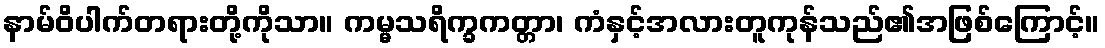
နာမ်ဝိပါက်တရားတို့ကိုသာ။ ကမ္မသရိက္ခကတ္တာ၊ ကံနှင့်အလားတူကုန်သည်၏အဖြစ်ကြောင့်။